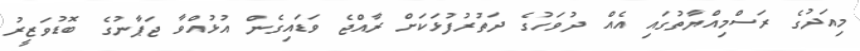
މިއަދުގެ ރަސްމިއްޔާތުގައި އެއް ދުވަހުގެ ދަތުރުފުޅަކަށް ރާއްޖެ ވަޑައިގެން އުޅުއްވާ ޖަޕާނުގެ ބޮޑުވަޒީރު